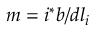
m = i ^ { * } b / d l _ { i }